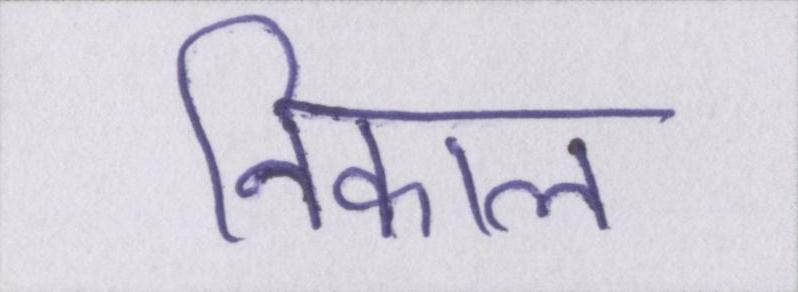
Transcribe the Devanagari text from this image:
निकाल